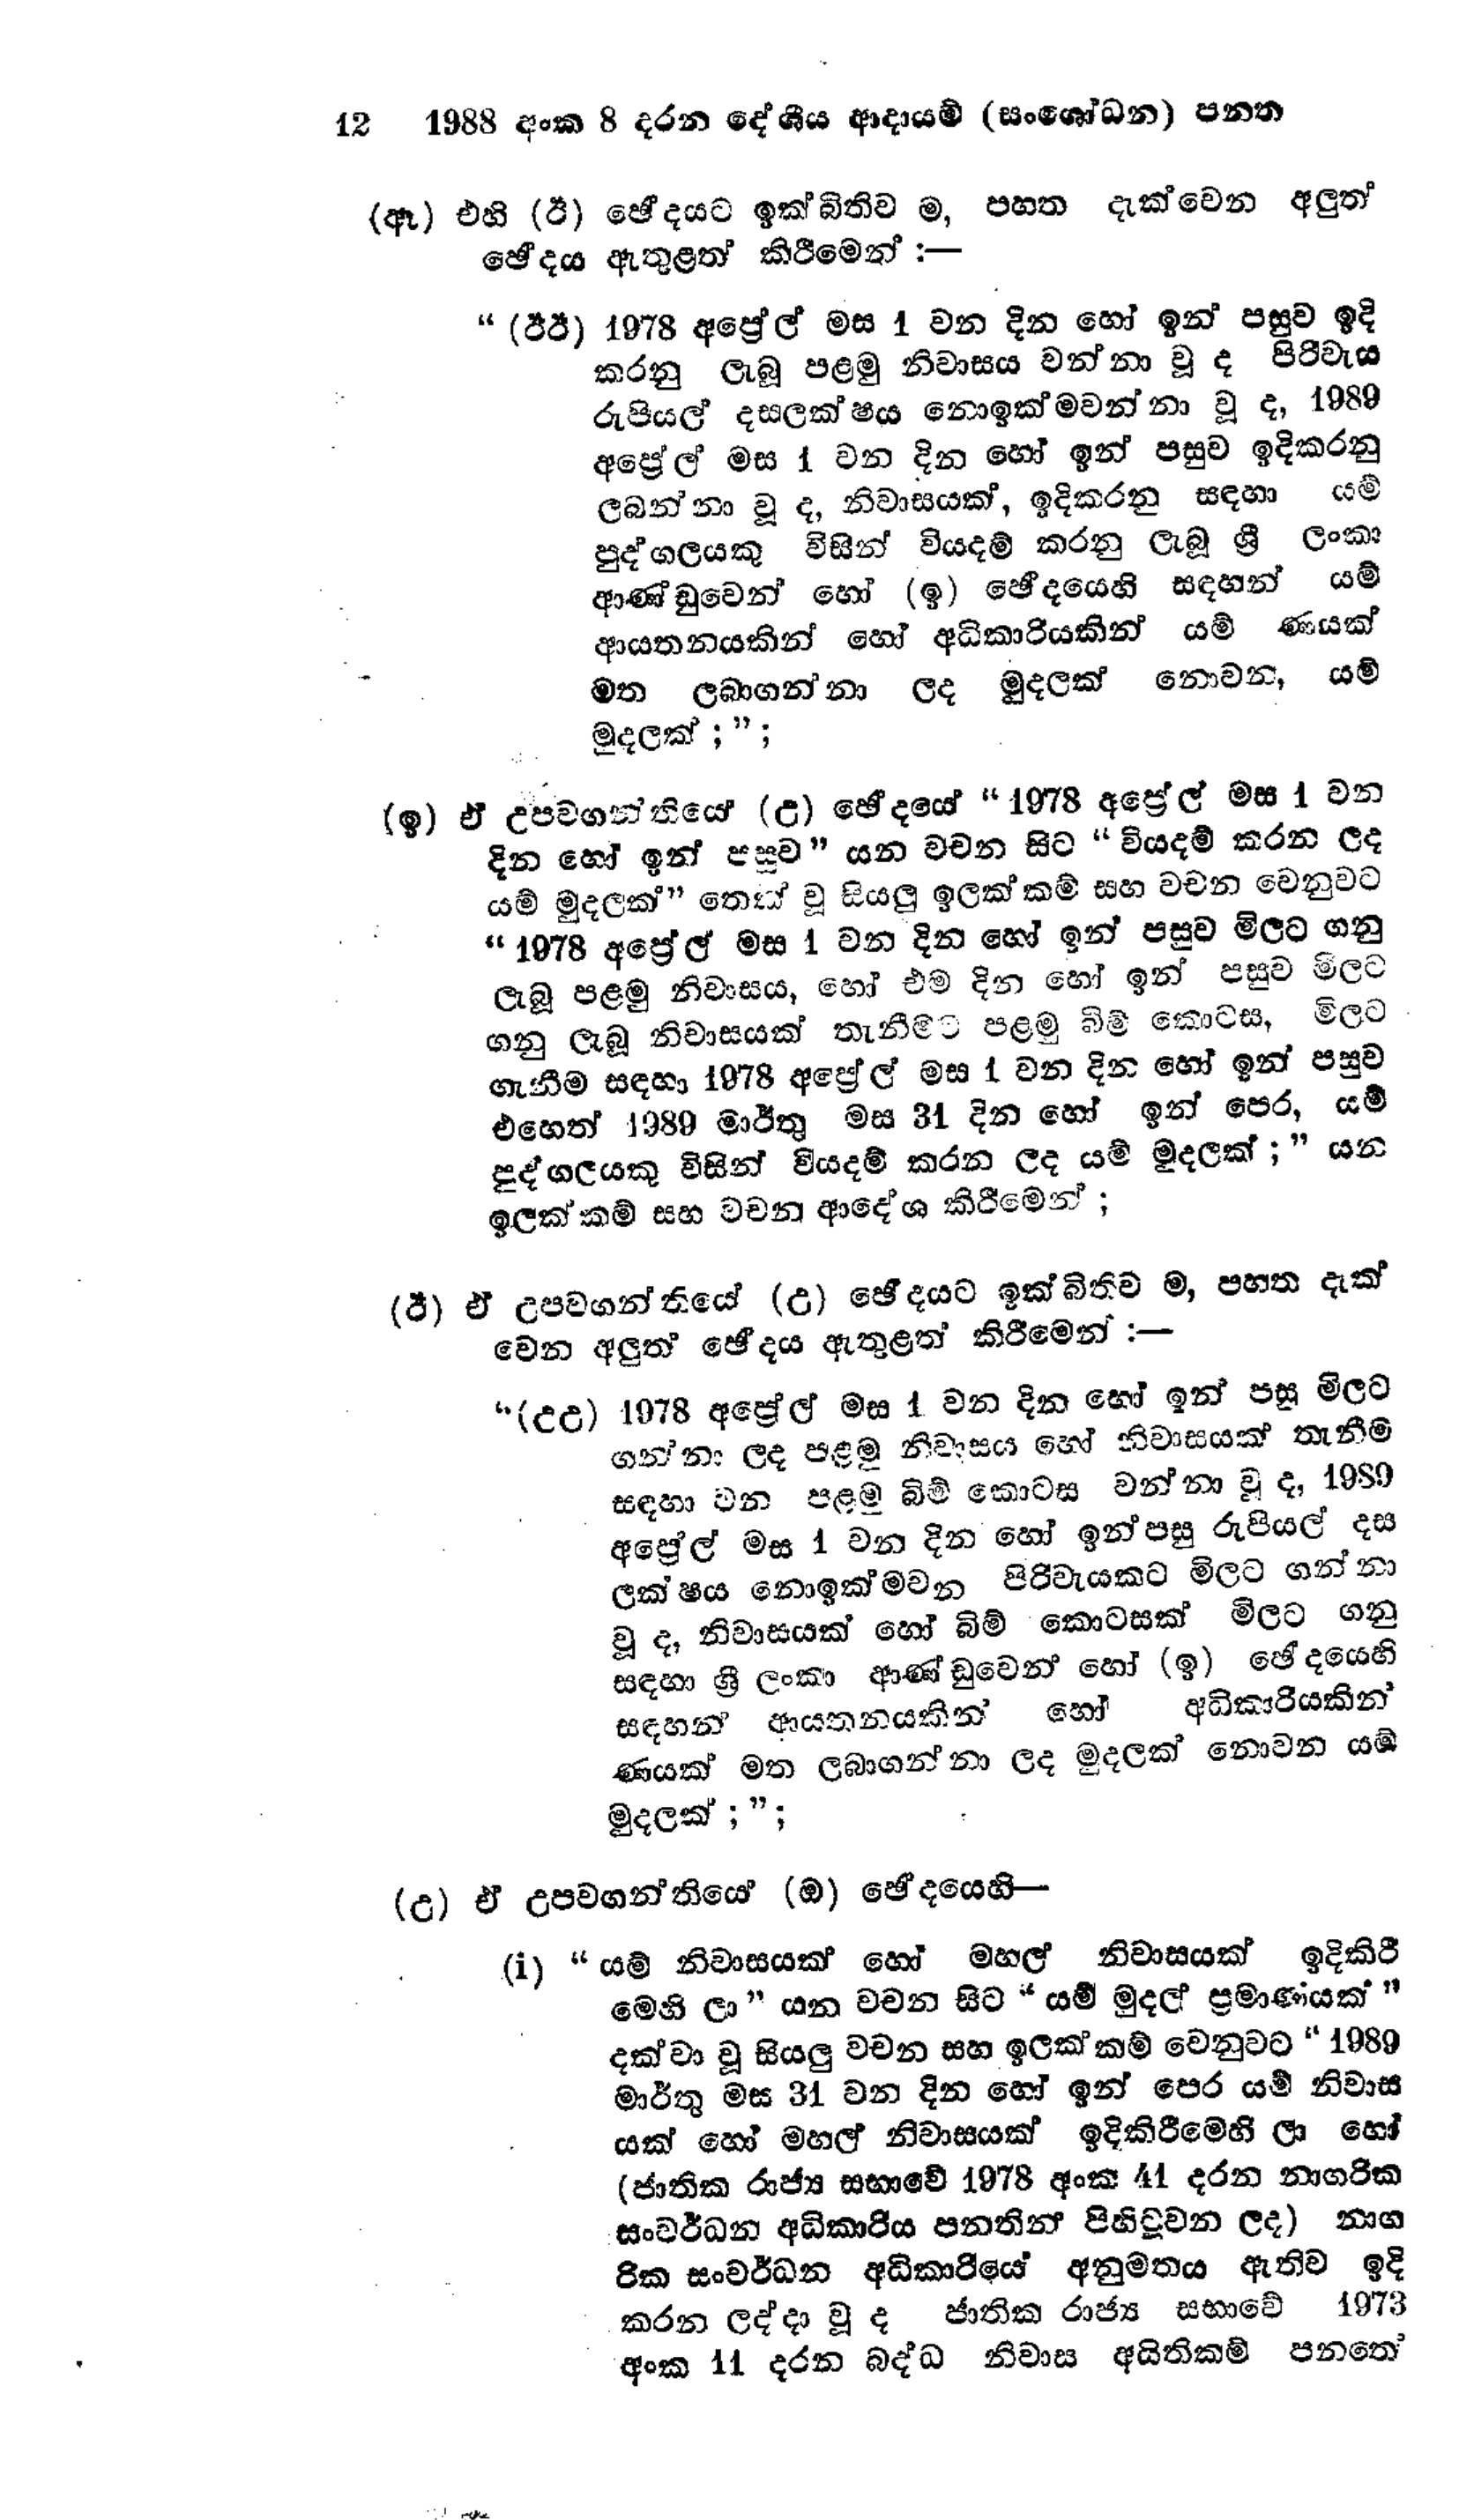
12 1988 අංක 8 දරන දේශීය ආදායම් (සංශෝධන) පනත

(ඈ) එහි (ඊ) ඡේදයට ඉක්බිතිව ම, පහත දැක්වෙන අලුත්
ඡේදය ඇතුළත් කිරීමෙන් :-

"(ඊඊ) 1978 අප්‍රේල් මස 1 වන දින හෝ ඉන් පසුව ඉදි
කරනු ලැබූ පළමු නිවාසය වන්නා වූ ද පිරිවැය
රුපියල් දසලක්ෂය නොඉක්මවන්නා වූ ද, 1989
අප්‍රේල් මස 1 වන දින හෝ ඉන් පසුව ඉදිකරනු
ලබන්නා වූද, නිවාසයක්, ඉදි කරනු සඳහා යම්
පුද්ගලයකු විසින් වියදම් කරනු ලැබූ ශ්‍රී ලංකා
ආණ්ඩුවෙන් හෝ (ඉ) ඡේදයෙහි සඳහන් යම්
ආයතනයකින් හෝ අධිකාරියකින් යම් ණයක්
මත ලබාගන්නා ලද මුදලක් නොවන, යම්
මුදලක්;";

(ඉ) ඒ උපවගන්තියේ (උ) ඡේදයේ  "1978 අප්‍රේල් මස 1 වන
දින හෝ ඉන් පසුව " යන වචන සිට "වියදම් කරන ලද
යම් මුදලක් " තෙක් වූ සියලු ඉලක්කම් සහ වචන වෙනුවට
"1978 අප්‍රේල් මස 1 වන දින හෝ ඉන් පසුව මිලට ගනු
ලැබූ පළමු නිවාසය, හෝ එම දින හෝ ඉන් පසුව මිලට
ගනු ලැබූ නිවාසයක් තැනීමට පළමු බිම් කොටස, මිලට
ගැනීම සඳහා 1978 අප්‍රේල් මස 1 වන දින හෝ ඉන් පසුව
එහෙත් 1989 මාර්තු මස 31 දින හෝ ඉන් පෙර, යම්
පුද්ගලයකු විසින් වියදම් කරන ලද යම් මුදලක්;" යන
ඉලක්කම් සහ වචන ආදේශ කිරීමෙන්;

(ඊ) ඒ උපවගන්තියේ (උ) ඡේදයට ඉක්බිතිව ම, පහත දැක්
වෙන අලුත් ඡේදය ඇතුළත් කිරීමෙන් :-

“(උඋ) 1978 අප්‍රේල් මස 1 වන දින හෝ ඉන් පසු මිලට
ගන්නා ලද පළමු නිවාසය හෝ නිවාසයක් තැනීම
සඳහා වන පළමු බිම් කොටස වන්නා වූද, 1989
අප්‍රේල් මස 1 වන දින හෝ ඉන්පසු රුපියල් දස
ලක්ෂය නොඉක්මවන පිරිවැයකට මිලට ගන්නා
වූ ද, නිවාසයක් හෝ බිම් කොටසක් මිලට ගනු
සඳහා ශ්‍රී ලංකා ආණ්ඩුවෙන් හෝ (ඉ) ඡේදයෙහි
සඳහන් ආයතනයකින් හෝ අධිකාරියකින්
ණයක් මත ලබාගන්නා ලද මුදලක් නොවන යම්
මුදලක් ;";

(උ) ඒ උපවගන්තියේ (ඔ) ඡේදයෙහි-

(i) "යම් නිවාසයක් හෝ මහල් නිවාසයක් ඉදිකිරී
මෙහි ලා " යන වචන සිට " යම් මුදල් ප්‍රමාණයක් "
දක්වා වූ සියලු වචන සහ ඉලක්කම් වෙනුවට “1989
මාර්තු මස 31 වන දින හෝ ඉන් පෙර යම් නිවාස
යක් හෝ මහල් නිවාසයක් ඉදිකිරීමෙහි ලා හෝ
(ජාතික රාජ්‍ය සභාවේ 1978 අංක 41 දරන නාගරික
සංවර්ධන අධිකාරිය පනතින් පිහිටුවන ලද) නාග
රික සංවර්ධන අධිකාරියේ අනුමතය ඇතිව ඉදි
කරන ලද්දා වූ ද ජාතික රාජ්‍ය සභාවේ 1973
අංක 11 දරන බද්ධ නිවාස අයිතිකම් පනතේ